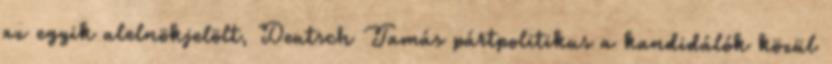
az egyik alelnökjelölt, Deutsch Tamás pártpolitikus a kandidálók közül